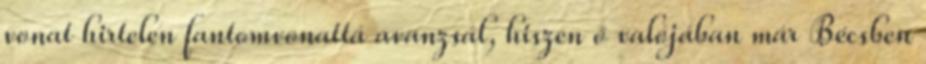
vonat hirtelen fantomvonattá avanzsál, hiszen ő valójában már Bécsben